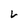
Character: L